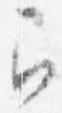
召